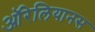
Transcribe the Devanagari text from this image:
ऑरेलियानस